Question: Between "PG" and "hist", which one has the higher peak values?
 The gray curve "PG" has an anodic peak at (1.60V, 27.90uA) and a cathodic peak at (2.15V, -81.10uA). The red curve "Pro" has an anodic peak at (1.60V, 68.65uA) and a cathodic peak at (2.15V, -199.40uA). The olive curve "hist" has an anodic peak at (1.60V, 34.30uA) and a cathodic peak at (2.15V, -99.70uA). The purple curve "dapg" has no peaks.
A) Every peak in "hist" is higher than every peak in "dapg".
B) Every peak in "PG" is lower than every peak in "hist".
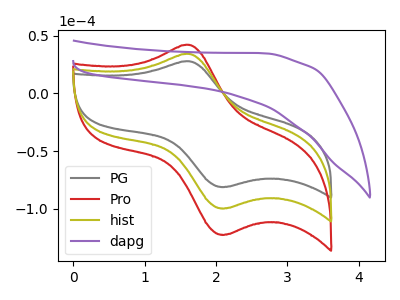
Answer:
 <answer>B) Every peak in "PG" is lower than every peak in "hist".</answer>
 <eval>B</eval>